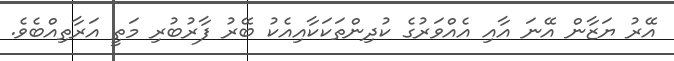
އޭރު ޔަޒާން އޭނަ އާއި އެއްވަރުގެ ކުދިންތަކަކާއިއެކު ބޭރު ފާރުބުރި މަތީ އަރާތިއްބެވެ.